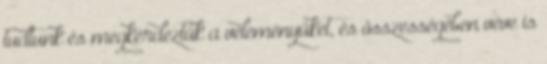
tudtunk és megkérdeztük a véleményüket, és összességében véve is